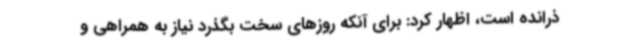
ذرانده است، اظهار کرد: برای آنکه روزهای سخت بگذرد نیاز به همراهی و